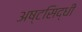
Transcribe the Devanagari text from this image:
अष्टसिद्धी